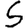
Digit: 5